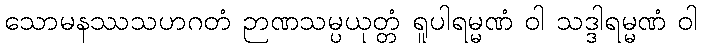
သောမနဿသဟဂတံ ဉာဏသမ္ပယုတ္တံ ရူပါရမ္မဏံ ဝါ သဒ္ဒါရမ္မဏံ ဝါ